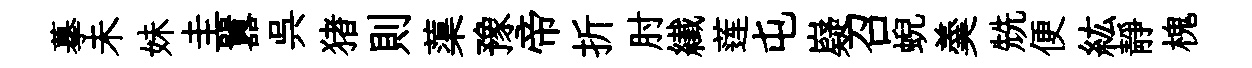
摹未妹圭囂呉猪則蕖豫帝折肘纎莲屯嶷召蜺羮兟便紘靜槐